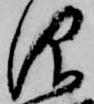
仰